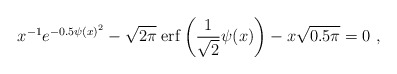
\begin{align*}{x^{ - 1}}{e^{ - 0.5\psi {{(x)}^2}}} - \sqrt {2\pi }\;{\rm erf}\left( {\frac{1}{{\sqrt 2 }}\psi (x)} \right) - x\sqrt {0.5\pi } = 0 \ ,\end{align*}